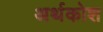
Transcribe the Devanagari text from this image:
अर्थकोश